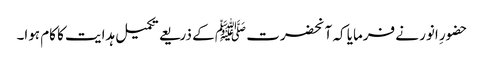
حضورِ انور نے فرمایا کہ آنحضرت ﷺ کے ذریعے تکمیل ہدایت کا کام ہوا۔